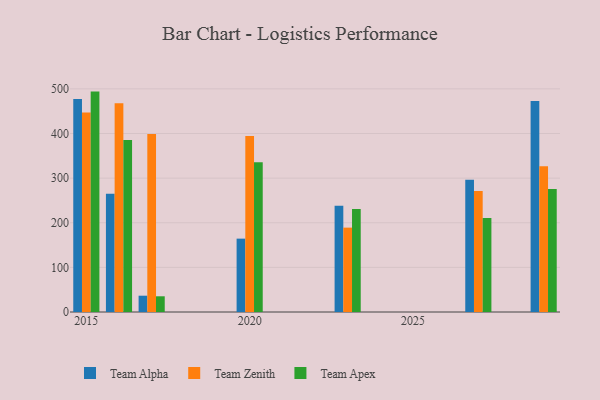
{"axis": {"x": "Year", "y": "Revenue (USD Million)"}, "legend": ["Team Alpha", "Team Apex", "Team Zenith"], "data": [{"x": "2020", "y": 164.4, "type": "Team Alpha"}, {"x": "2020", "y": 394.5, "type": "Team Zenith"}, {"x": "2020", "y": 335.5, "type": "Team Apex"}, {"x": "2029", "y": 472.9, "type": "Team Alpha"}, {"x": "2029", "y": 326.5, "type": "Team Zenith"}, {"x": "2029", "y": 275.9, "type": "Team Apex"}, {"x": "2017", "y": 36.5, "type": "Team Alpha"}, {"x": "2017", "y": 399.1, "type": "Team Zenith"}, {"x": "2017", "y": 35.2, "type": "Team Apex"}, {"x": "2016", "y": 265.0, "type": "Team Alpha"}, {"x": "2016", "y": 468.0, "type": "Team Zenith"}, {"x": "2016", "y": 385.4, "type": "Team Apex"}, {"x": "2027", "y": 296.1, "type": "Team Alpha"}, {"x": "2027", "y": 271.4, "type": "Team Zenith"}, {"x": "2027", "y": 210.6, "type": "Team Apex"}, {"x": "2023", "y": 238.0, "type": "Team Alpha"}, {"x": "2023", "y": 189.1, "type": "Team Zenith"}, {"x": "2023", "y": 230.6, "type": "Team Apex"}, {"x": "2015", "y": 477.3, "type": "Team Alpha"}, {"x": "2015", "y": 447.2, "type": "Team Zenith"}, {"x": "2015", "y": 493.9, "type": "Team Apex"}]}